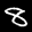
Label: 8